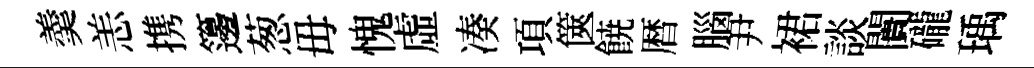
羮恙携籩葱毋愧虛凑項篋𩜙暦腦尹裙談闠礲瑀